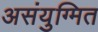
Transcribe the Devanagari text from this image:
असंयुग्मित